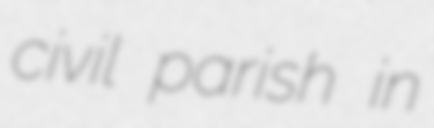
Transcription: civil parish in